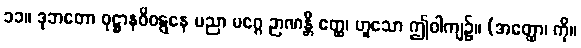
၁၁။ ဒုဘတော ဝုဋ္ဌာနဝိဝဋ္ဋနေ ပညာ မဂ္ဂေ ဉာဏန္တိ ဧတ္ထ၊ ဟူသော ဤဝါကျ၌။ (အတ္ထော၊ ကို။